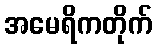
အမေရိကတိုက်